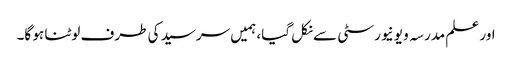
اور علم مدرسہ و یونیورسٹی سے نکل گیا، ہمیں سرسید کی طرف لوٹنا ہو گا۔